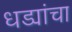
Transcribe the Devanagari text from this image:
धड्यांचा